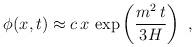
LaTeX: \begin{align*}\phi(x,t) \approx c\, x\, \exp \left({m^2\, t\over 3H}\right) \ ,\end{align*}